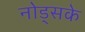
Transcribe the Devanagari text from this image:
नोड्सके